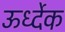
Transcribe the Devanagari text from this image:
ऊर्ध्देक